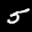
Digit: 5